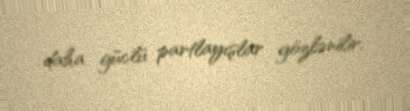
daha güclü partlayışlar gözlənilir.